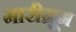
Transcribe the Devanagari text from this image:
मारीग्रूम